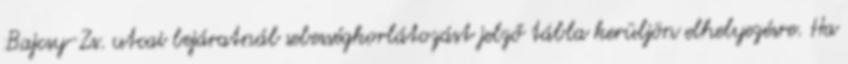
Bajcsy-Zs. utcai bejáratnál sebességkorlátozást jelző tábla kerüljön elhelyezésre. Ha